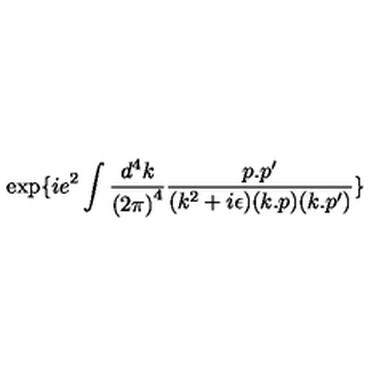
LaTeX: \exp \{ i e ^ { 2 } \int \frac { d ^ { 4 } k } { { ( 2 \pi ) } ^ { 4 } } \frac { p . p ^ { \prime } } { ( k ^ { 2 } + i \epsilon ) ( k . p ) ( k . p ^ { \prime } ) } \}